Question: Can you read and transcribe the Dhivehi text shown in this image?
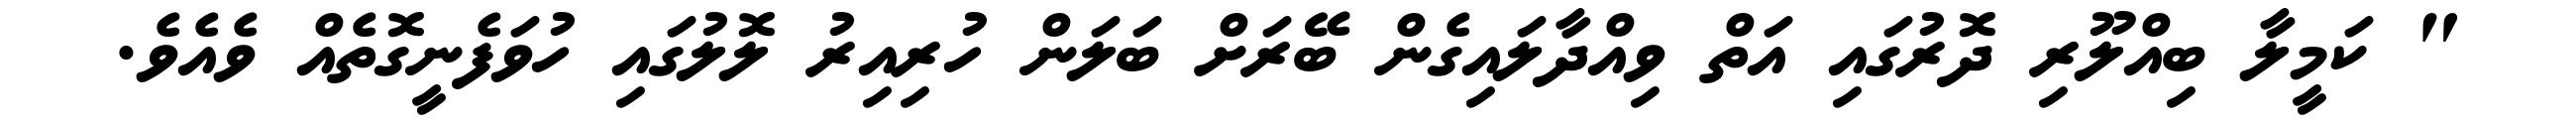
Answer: " ކަމީލާ ބިއްލޫރި ދޮރުގައި އަތް ވިއްދާލައިގެން ބޭރަށް ބަލަން ހުރިއިރު ލޮލުގައި ހުވަފެނީގޮތެއް ވެއެވެ.